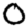
Digit: 0